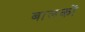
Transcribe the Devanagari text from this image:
बालकोंं